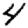
Digit: 4